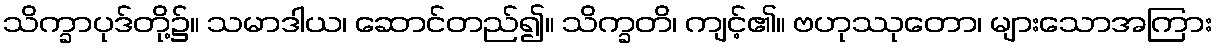
သိက္ခာပုဒ်တို့၌။ သမာဒါယ၊ ဆောင်တည်၍။ သိက္ခတိ၊ ကျင့်၏။ ဗဟုဿုတော၊ များသောအကြား